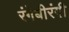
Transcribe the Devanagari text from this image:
रंगेबीरंगी